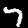
Label: 7